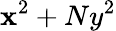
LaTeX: \mathbf{x}^{2}+Ny^{2}